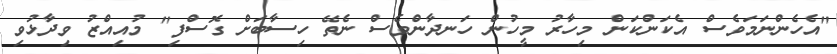
"އެހެންނަމަވެސް އެކަންކަން މިހާރު މީހުން ހަނދާންވެސް ނެތޭ ހިސާބަށް ގޮސްފި" މުއިއްޒު ވިދާޅުވި